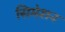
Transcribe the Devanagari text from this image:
सिमेशन